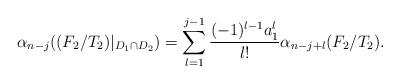
LaTeX: \begin{align*} \alpha_{n-j}((F_2/T_2)|_{D_1 \cap D_2}) = \sum_{l=1}^{j-1} \frac{(-1)^{l-1}a_1^l}{l!}\alpha_{n-j+l}(F_2/T_2).\end{align*}